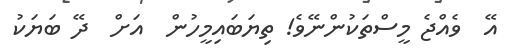
އޭ  ވެއްޖެ މީސްތަކުންނޭވެ! ތިޔަބައިމީހުން  އަށް  ދޭ ބަޔަކު